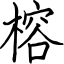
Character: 榕